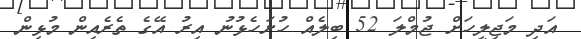
އަދި މަޖިލީހަށް ޖުމްލަ 52 ބިލެއް ހުށަހެޅުނު އިރު އޭގެ ތެރެއިން މުޅިން